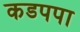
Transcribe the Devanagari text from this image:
कडपपा